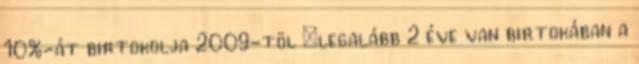
10%-át birtokolja 2009-töl –legalább 2 éve van birtokában a